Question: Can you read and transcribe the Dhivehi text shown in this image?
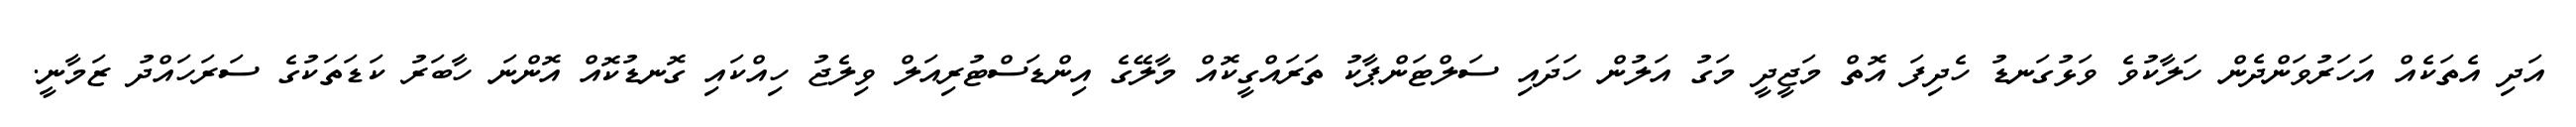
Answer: އަދި އެތަކެއް އަހަރުވަންދެން ހަލާކުވެ ވަޅުގަނޑު ހެދިފަ އޮތް މަޖީދީ މަގު އަލުން ހަދައި ސަލްޓަންޕާކު ތަރައްގީކޮއް މާލޭގެ އިންޑަސްޓުރިއަލް ވިލެޖު ހިއްކައި ގޮނޑުކޮއް އޮންނަ ހާބަރު ކަޑަތަކުގެ ސަރަހައްދު ޒަމާނީ.